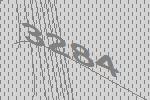
3284